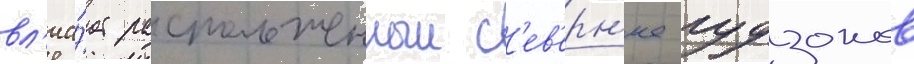
вл'иа́ет расположенныи с'ев'ерн'ее гудзонов